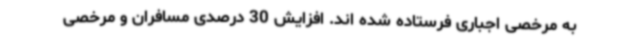
به مرخصی اجباری فرستاده شده اند. افزایش 30 درصدی مسافران و مرخصی